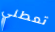
تعطني